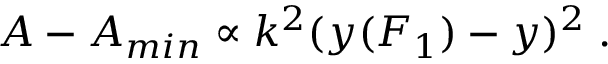
A - A _ { m i n } \propto k ^ { 2 } ( y ( F _ { 1 } ) - y ) ^ { 2 } \; .